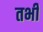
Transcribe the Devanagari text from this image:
तभीं